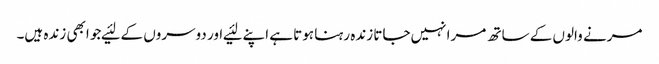
مرنے والوں کے ساتھ مرا نہیں‌جاتا زندہ رہنا ہوتا ہے اپنے لئیے اور دوسروں کے لئیےجو ابھی زندہ ہیں‌۔